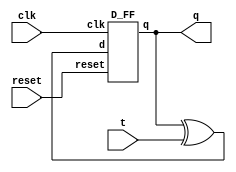
module T_FF(q, t, clk, reset);
	output q;
	input t, clk, reset;
	wire d;
	xor x1(d,q,t);
	D_FF d1(q,d,clk,reset);
endmodule



module D_FF(q, d, clk, reset);
	output q;
	input d, clk, reset;
	reg q;
	always@ (posedge reset or negedge clk)
	if(reset)
		q <= 1'b0;
	else
		q <= d;
endmodule